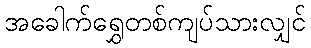
အခေါက်ရွှေတစ်ကျပ်သားလျှင်